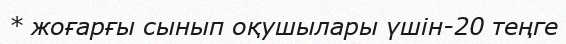
* жоғарғы сынып оқушылары үшін-20 теңге